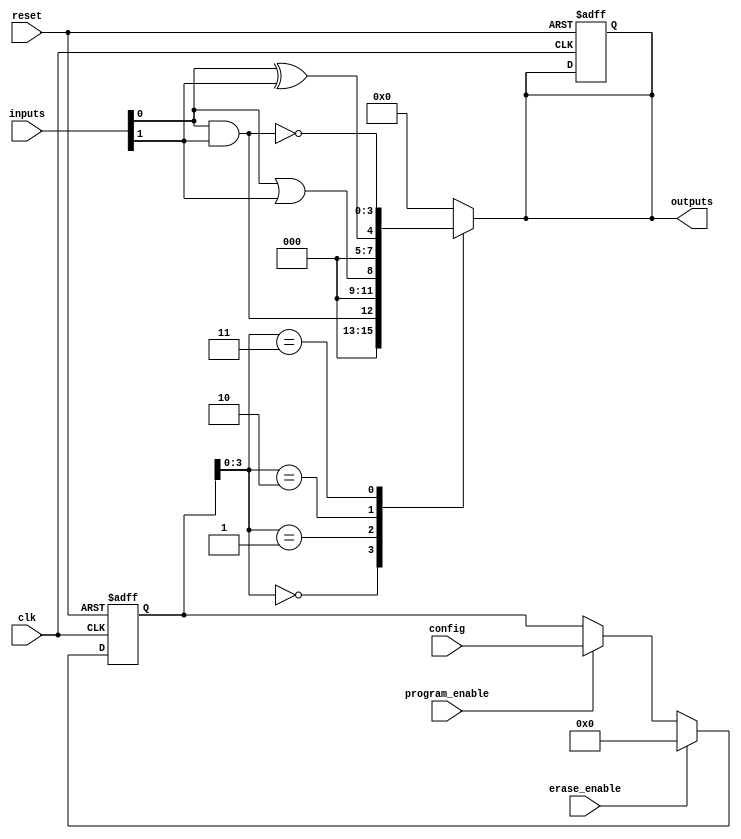
module EPLD (
    input wire clk,
    input wire reset,
    input wire [N-1:0] inputs,           // N inputs to the EPLD
    output wire [M-1:0] outputs,          // M outputs from the EPLD
    input wire [CONFIG_WIDTH-1:0] config, // Configuration data
    input wire program_enable,             // Signal to enable programming
    input wire erase_enable                 // Signal to enable erasing configuration
);

parameter N = 8;                        // Number of inputs
parameter M = 4;                        // Number of outputs
parameter CONFIG_WIDTH = 128;           // Width of configuration data

// Internal signals
reg [N-1:0] programmed_inputs;
reg [M-1:0] programmed_outputs;
reg [CONFIG_WIDTH-1:0] configuration_memory;

// IOBs
wire [N-1:0] iob_inputs;
wire [M-1:0] iob_outputs;

// Logic Blocks
wire [N-1:0] lb_outputs;

// Assign IOBs
assign iob_inputs = inputs;
assign outputs = programmed_outputs;

// Erasable mechanism
always @(posedge clk or posedge reset) begin
    if (reset) begin
        configuration_memory <= 0; // Reset configuration memory
        programmed_outputs <= 0;    // Reset outputs
    end else if (erase_enable) begin
        configuration_memory <= 0; // Erase configuration
    end else if (program_enable) begin
        configuration_memory <= config; // Load new configuration
    end
end

// Logic Block Implementation
always @(*) begin
    // Simple combinational logic example based on configuration
    // Here we assume configuration defines a simple logic function
    // This should be replaced with actual logic based on the configuration
    case (configuration_memory[3:0]) // Example using the first 4 bits
        4'b0000: programmed_outputs = iob_inputs[0] & iob_inputs[1]; // AND
        4'b0001: programmed_outputs = iob_inputs[0] | iob_inputs[1]; // OR
        4'b0010: programmed_outputs = iob_inputs[0] ^ iob_inputs[1]; // XOR
        4'b0011: programmed_outputs = ~(iob_inputs[0] & iob_inputs[1]); // NAND
        // Add more cases based on configuration for additional logic functions
        default: programmed_outputs = 0; // Default case
    endcase
end

endmodule